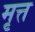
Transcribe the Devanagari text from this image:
मृत्त